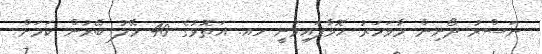
ނަސްރު ދޯނިން މާވަހަރު ހޮވާފައިވަނީ ހއ. އަތޮޅުގެ 40 މޭލު ބޭރުން ކަމަށް